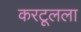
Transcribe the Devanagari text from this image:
करटूलला